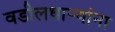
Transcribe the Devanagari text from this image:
वडीलधार्‍यांना